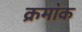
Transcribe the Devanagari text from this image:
क्रमा॓क